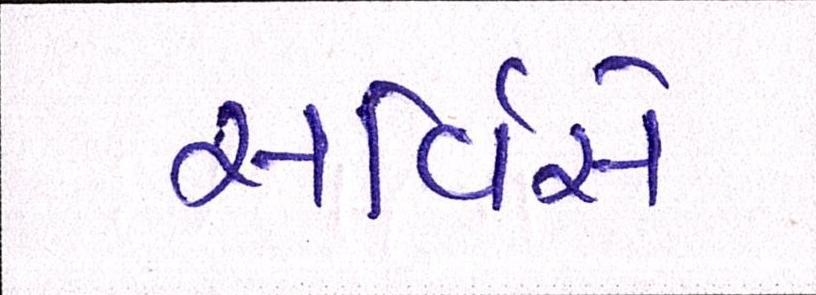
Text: સર્વિસે